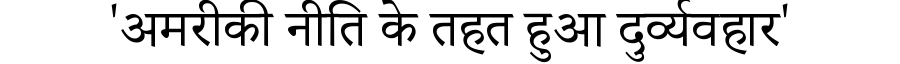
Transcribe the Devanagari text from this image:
'अमरीकी नीति के तहत हुआ दुर्व्यवहार'